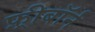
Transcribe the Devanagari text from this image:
फ़्रीबॉर्न